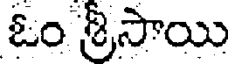
ఓం శ్రీసాయి